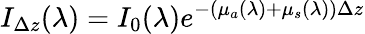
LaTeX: I_{\Delta z}(\lambda)=I_{0}(\lambda)e^{-(\mu_{a}(\lambda)+\mu_{s}(\lambda))\Delta z}